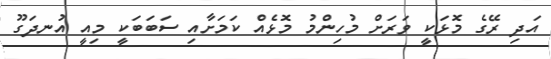
އަދި ރޭގެ މޮޅަކީ ވަރަށް މުހިންމު މޮޅެއް ކަމަށާއި ސަބަބަކީ މިއީ އުނދަގޫ